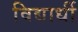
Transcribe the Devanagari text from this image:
विद्यार्धी